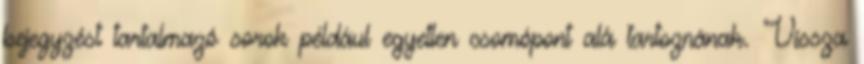
bejegyzést tartalmazó sorok például egyetlen csomópont alá tartoznának. Vissza